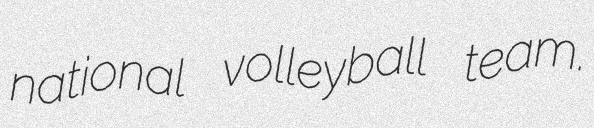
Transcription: national volleyball team.